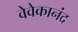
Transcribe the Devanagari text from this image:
वेवेकानंद